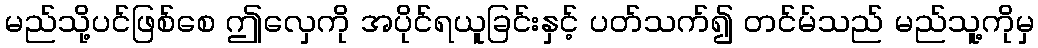
မည်သို့ပင်ဖြစ်စေ ဤလှေကို အပိုင်ရယူခြင်းနှင့် ပတ်သက်၍ တင်မ်သည် မည်သူ့ကိုမှ